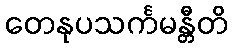
တေနုပသင်္ကမန္တီတိ